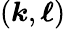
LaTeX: (\boldsymbol{k},\boldsymbol{\ell})